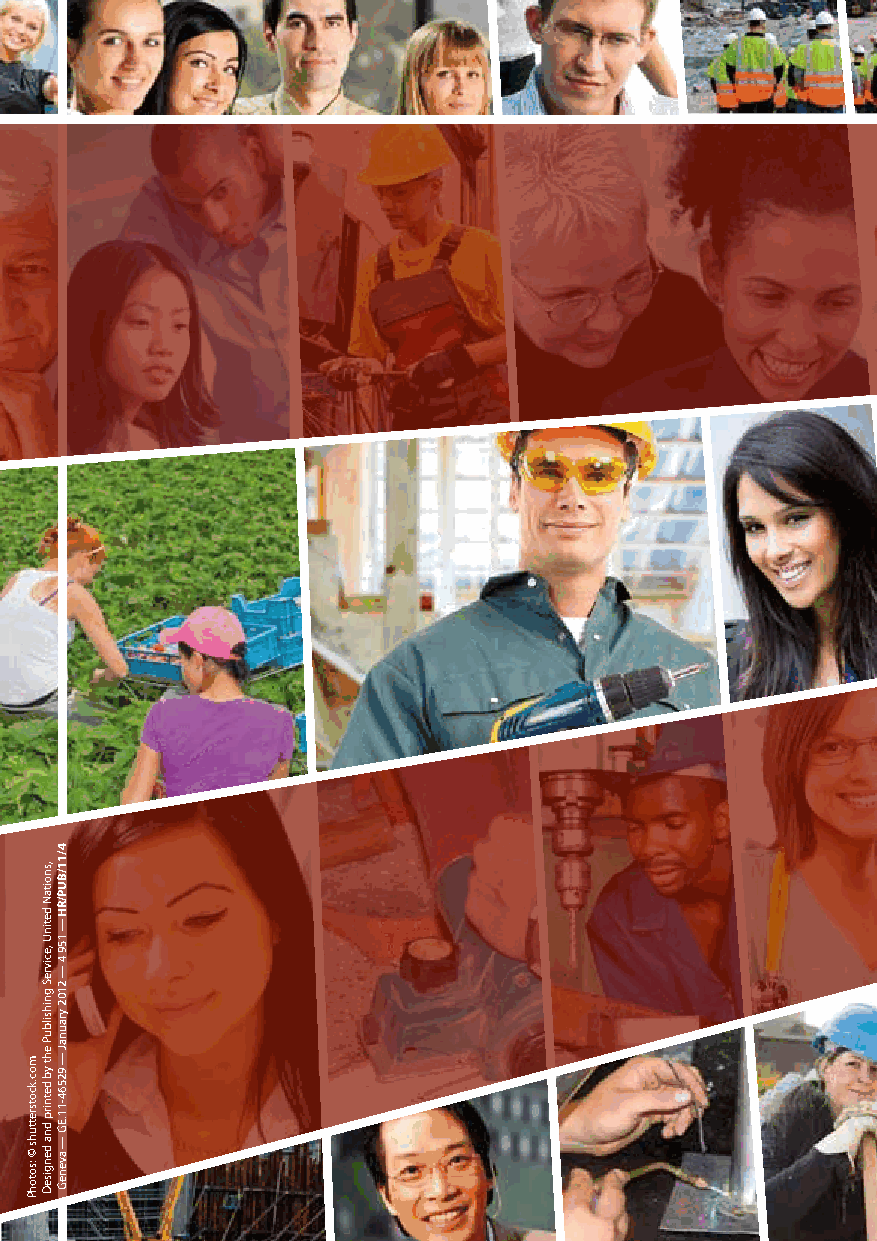
GuidinG         PrinciPles
 on    Business
 and     Human         riGHts
 Implementing
 the United Nations
 “Protect, Respect and
 Remedy” Framework
 moc.kcotsrettuhs
 ©
 :sotohP
 ,snoitaN
 detinU
 ,ecivreS
 gnihsilbuP
 eht
 yb
 detnirp
 dna
 dengiseD
 4/11/BUP/RH
 —
 159
 4
 —
 2102
 yraunaJ
 —
 92564-11.EG
 —
 aveneG